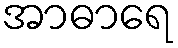
အာဓာရေ